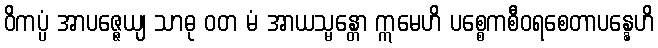
ဝိကပ္ပံ အာပဇ္ဇေယျ သာဓု ဝတ မံ အာယသ္မန္တော ဣမေဟိ ပစ္စေကစီဝရစေတာပန္နေဟိ